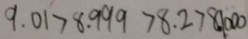
9 . 0 1 > 8 . 9 9 9 > 8 . 2 > 8 1 0 0 0